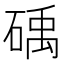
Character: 𮵖